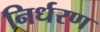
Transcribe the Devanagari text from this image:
निर्धरण